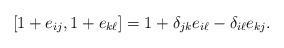
LaTeX: \begin{align*}[1+e_{ij},1+e_{k\ell}]=1+\delta_{jk}e_{i\ell}-\delta_{i\ell}e_{kj}. \end{align*}